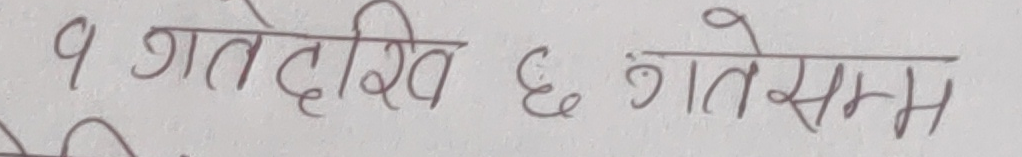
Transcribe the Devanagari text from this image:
१ गतेदेखि ६ गतेसम्म